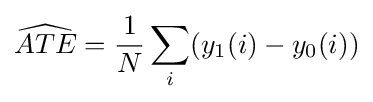
{\widehat {ATE}}={\frac {1}{N}}\sum _{i}(y_{1}(i)-y_{0}(i))